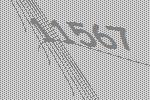
11567